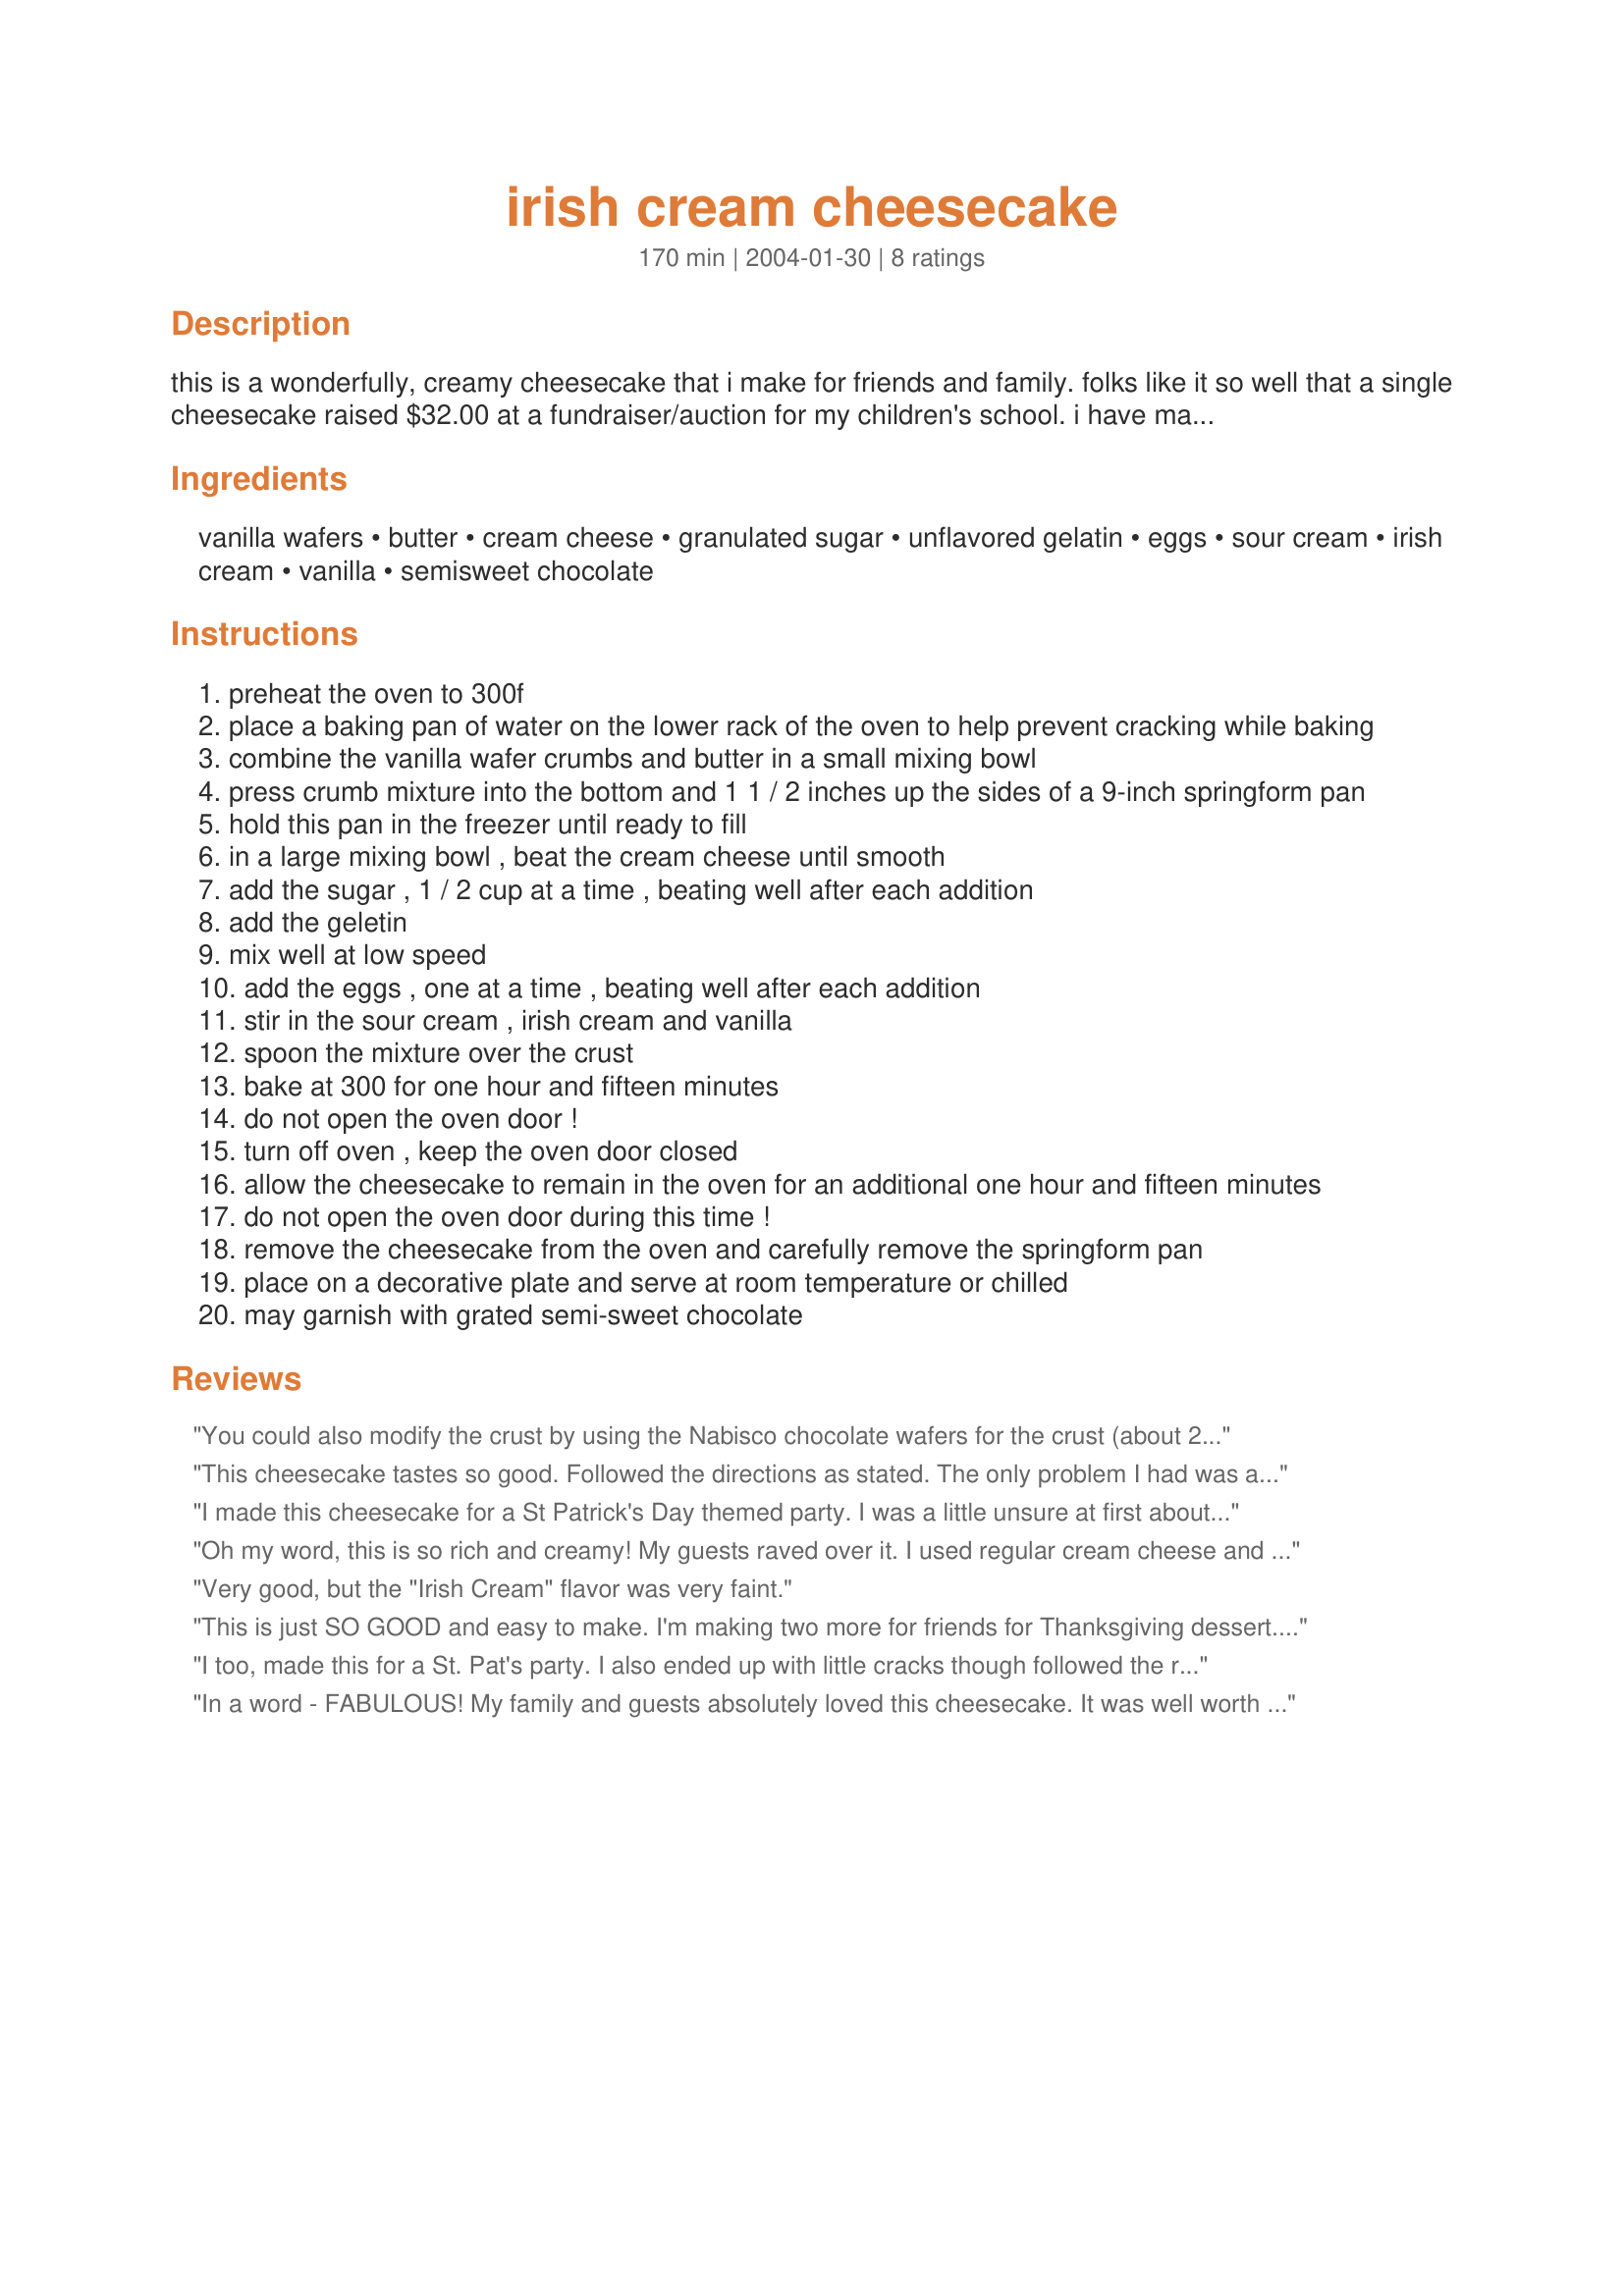
irish cream cheesecake
Preparation time: 170 minutes

this is a wonderfully, creamy cheesecake that i make for friends and family. folks like it so well that a single cheesecake raised $32.00 at a fundraiser/auction for my children's school. i have made this successfully with low-fat cream cheese and sour cream. (many of you have had problems with cracks in the top of the cheesecake and have given wonderful instructions as to how to avoid this. i have included your info in the instructions and really appreciate you making this recipe even better - thanks :)

Ingredients:
vanilla wafers, butter, cream cheese, granulated sugar, unflavored gelatin, eggs, sour cream, irish cream, vanilla, semisweet chocolate

Steps:
preheat the oven to 300f
place a baking pan of water on the lower rack of the oven to help prevent cracking while baking
combine the vanilla wafer crumbs and butter in a small mixing bowl
press crumb mixture into the bottom and 1 1 / 2 inches up the sides of a 9-inch springform pan
hold this pan in the freezer until ready to fill
in a large mixing bowl , beat the cream cheese until smooth
add the sugar , 1 / 2 cup at a time , beating well after each addition
add the geletin
mix well at low speed
add the eggs , one at a time , beating well after each addition
stir in the sour cream , irish cream and vanilla
spoon the mixture over the crust
bake at 300 for one hour and fifteen minutes
do not open the oven door !
turn off oven , keep the oven door closed
allow the cheesecake to remain in the oven for an additional one hour and fifteen minutes
do not open the oven door during this time !
remove the cheesecake from the oven and carefully remove the springform pan
place on a decorative plate and serve at room temperature or chilled
may garnish with grated semi-sweet chocolate

Reviews:
You could also modify the crust by using the Nabisco chocolate wafers for the crust (about 2 1/4 cups), with the addition of 1 tbsp. of sugar (for sweetness) and also the butter.<br/>To amp up the Irish creme flavor, try 3/4 to 1 cup Irish creme for an enhanced flavor.
This cheesecake tastes so good. Followed the directions as stated. The only problem I had was a big crack in the top. I have successfully avoided cracked cheesecakes in the past with a water bath, but skipped it this time. I thought that turning the oven off and leaving it closed might work for the same purpose, but if that is the intent, it didn't work for me! Boo. No problem, though - I'm spreading coffee flavored whipped cream over the top. Thanks for the recipe! It's truly delicious. UPDATE: just made this again with a 9 x 13 pan of water on the bottom rack, and it came out perfectly!
I made this cheesecake for a St Patrick's Day themed party. I was a little unsure at first about not looking in the oven while it was cooking/cooling. But it was well worth the self restraint. The texture and flavor were incredible. I will be making this one again (and again)
Oh my word, this is so rich and creamy! My guests raved over it. I used regular cream cheese and sour cream for the full effect. I baked in the water bath and mine didn't crack at all. We cut this into quarters and froze them wrapped in waxed paper and plastic wrap, and then put into freezer bags, and it comes out of the freezer in great shape with no apparent loss of taste or texture.
Very good, but the "Irish Cream" flavor was very faint.
This is just SO GOOD and easy to make. I'm making two more for friends for Thanksgiving dessert. Thank you so much acerast for such a wonder cheesecake.
I too, made this for a St. Pat's party. I also ended up with little cracks though followed the recipe to a T. However, when garnished with the chocolate, who could tell? No one! Used the lower fat options and it's the ABSOLUTE best cheesecake I have EVER had, very creamy, and you'd never know it's lower in fat! Thanks for sharing!!!
In a word - FABULOUS! My family and guests absolutely loved this cheesecake. It was well worth the time it took to make it. I did use the 1/3 less fat cream cheese and light sour cream - it turned out great!
